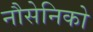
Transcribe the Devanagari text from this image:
नौसेनिको